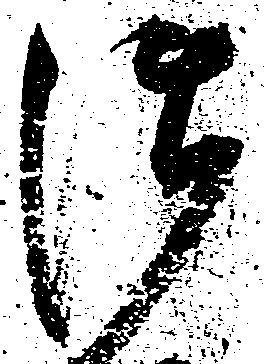
御